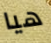
هيا